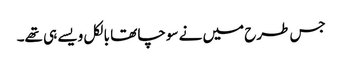
جس طرح میں نے سوچا تھا بالکل ویسے ہی تھے۔